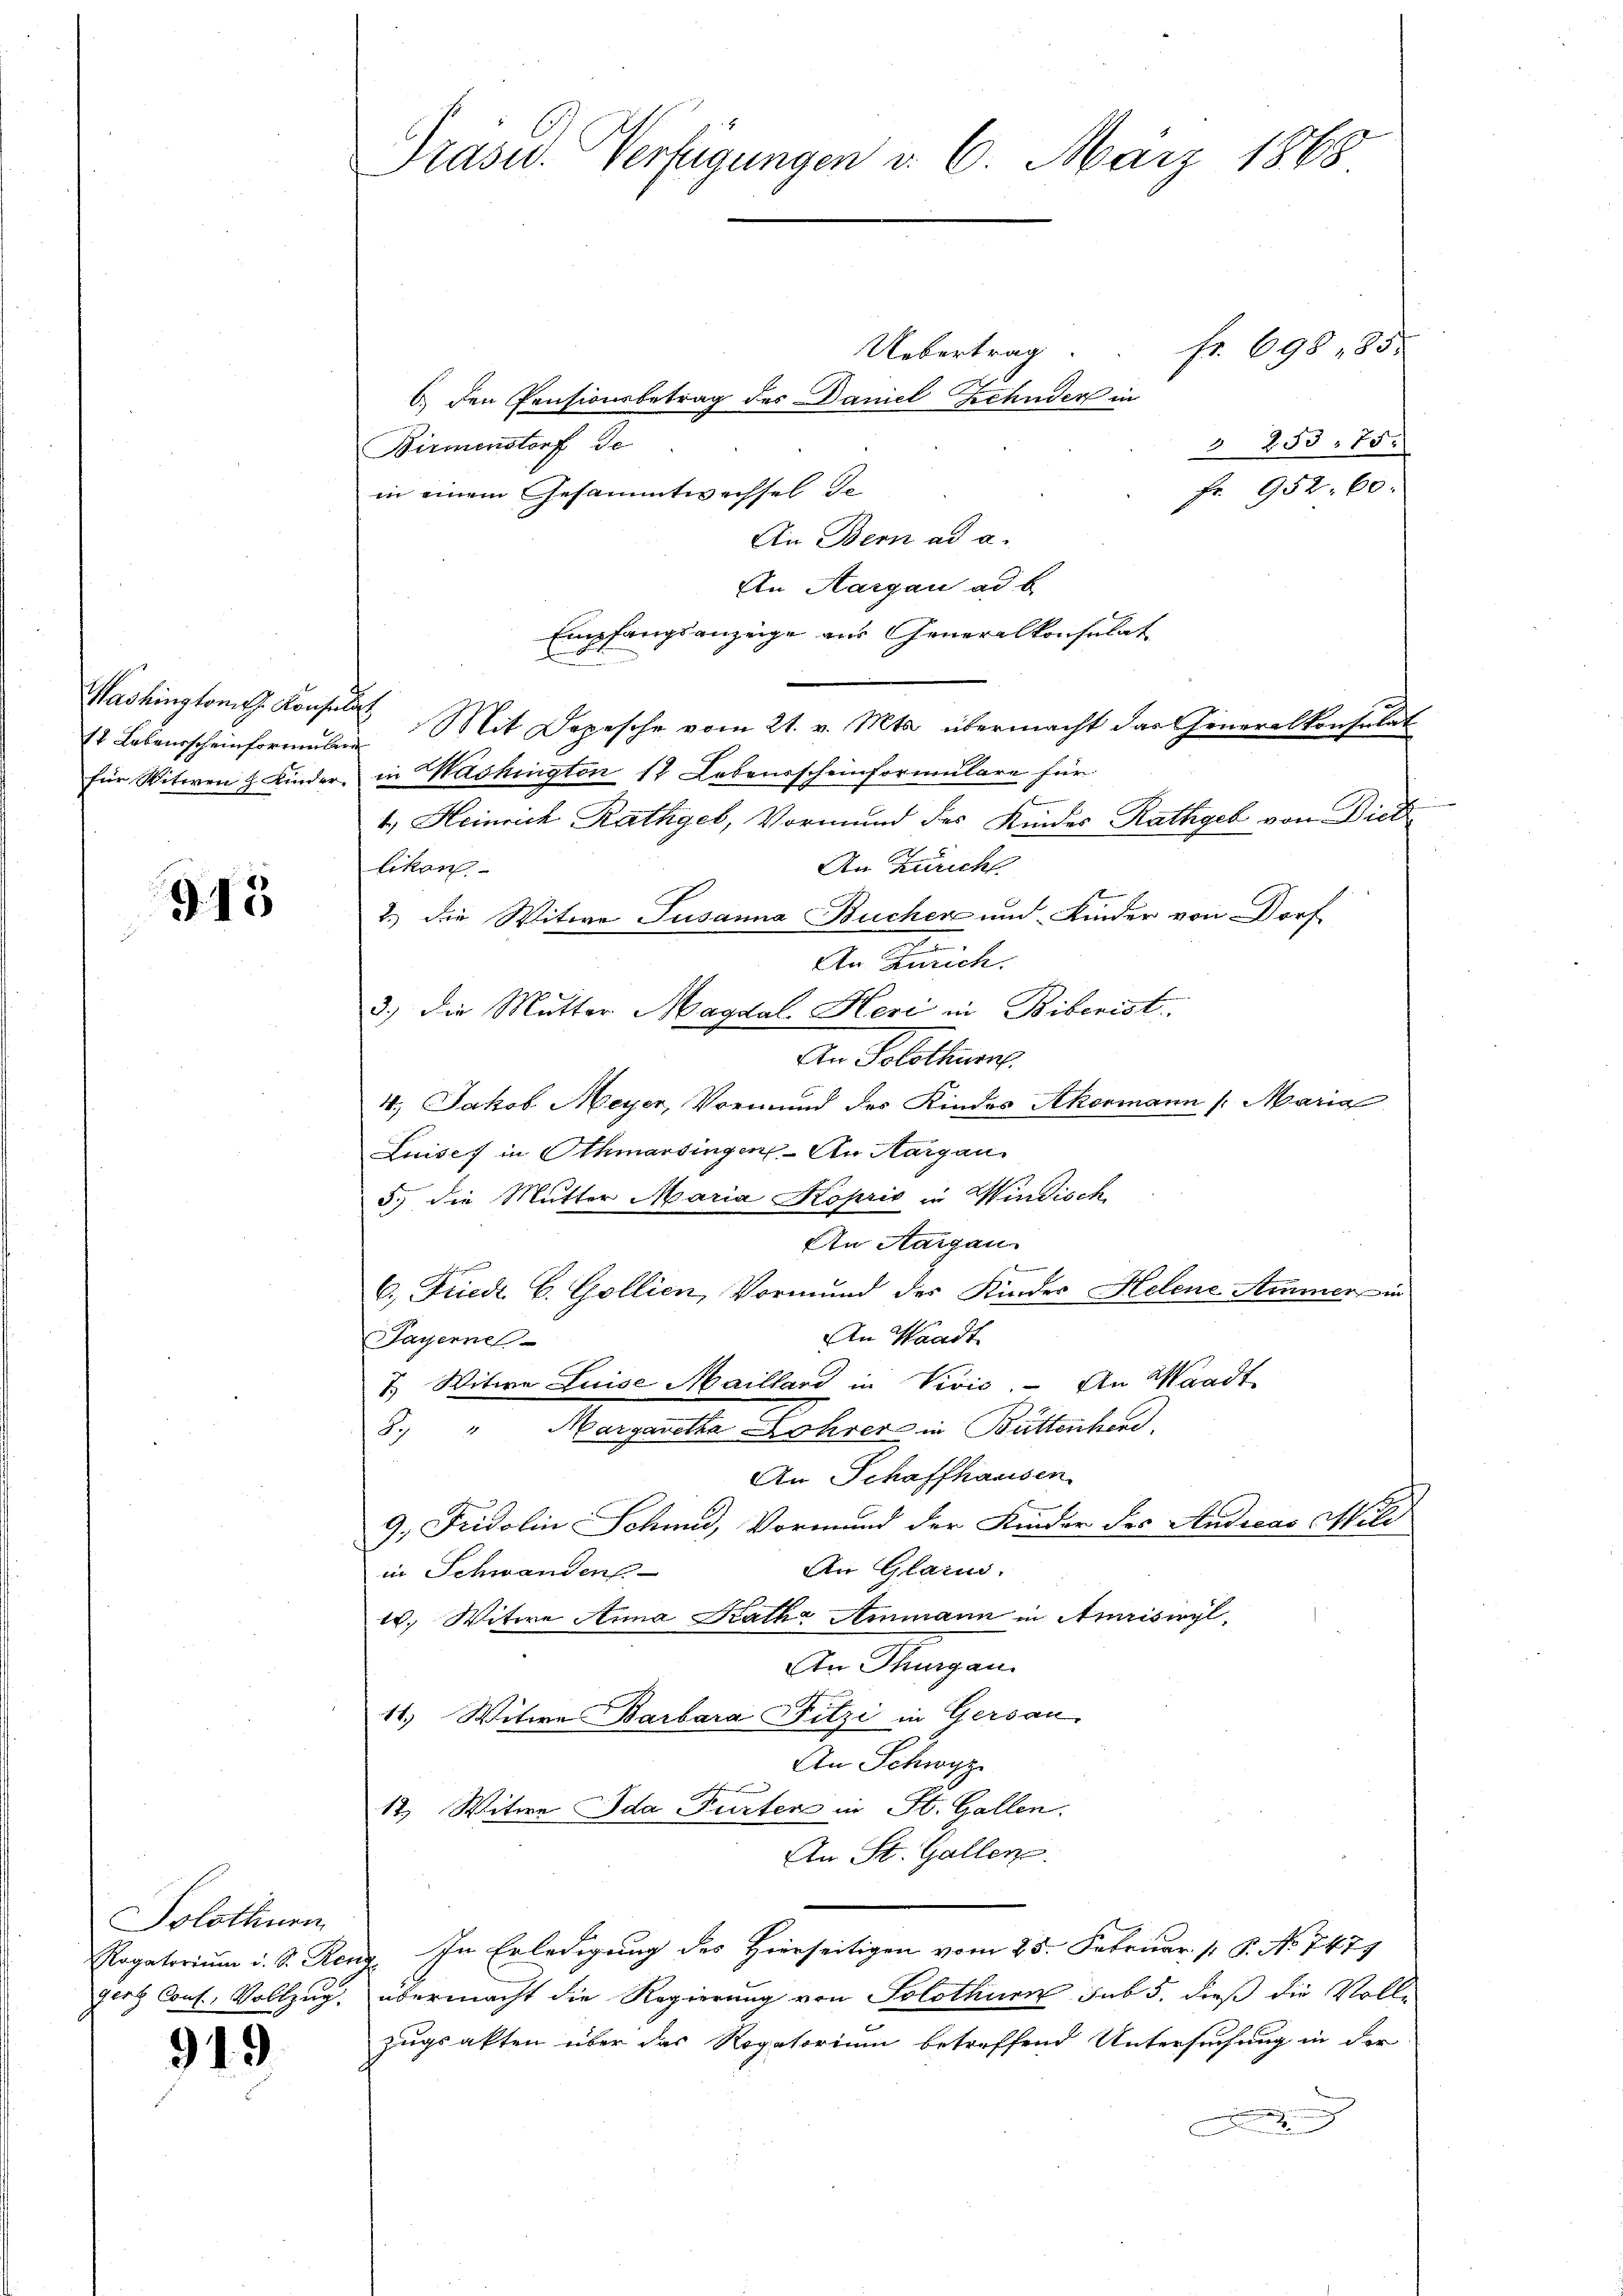
Washington J. Konsulat

915

Solothurn

919

fr. 698 85.
Uebertrag
6. den Pensionsbetrag des Daniel Zehnder in
Birmenstorf Se
3 253. 75.
fr. 952. 60.
in einem Gesammtwechsel de
An Bern ad a.
An Aargau ad b.
Empfangsanzeige aus Generalkonsulat
t.
14 Lebensscheinformeln. Mit Depesche vom 21. v. Mts. übermacht das Generalkonsulat
für Witwen & Kinder, in Washington 14 Lebensscheinformulare für
4.) Heinrich Rathgeb, Vormund des Kindes Rathgeb von Diet
An Züricht
likon
2.) Die Witwe Susanna Bucher und Kinder von Dorf
4.) Jakob Meyer, Vormund des Kindes Akermann /: Maria
Luises in Othmarsingen. An Margau
5.) die Mutter Maria Koprio in Windisch
An Aargau
Ernennen
6., Friedt C. Gollien, Vormund des Kinder Helene Ammer, in
An Waadt
Payerne
7) Witwe Luise Maillard in Vivić. An Waadt
8.) " Margaretha Lohrer in Büttenhard.
An Schaffhausen.
9.) Fridolin Schmu, Vormund der Kinder des Andreas Mili
An Glarus.
in Schwandens
1., Witwe Anna Katha Ammann in Amriswyl,
An Thurgau.
11. Witwe Barbara Fitzi in Gersau.
An Schwyz

12. Witwe Ida Furten in St. Gallen.
An St. Gallen.
Rogatorium i. S. Renz. In Erledigung des Hierseitigen vom 25. Februar [ P. No 7479
zers Cons. Vollzug. übermacht die Regierung von Solothurn sub 5. dieß die Voll-
zugsakten über das Rogatorium betreffend Untersuchung in der

Präsid. Verfügungen d. 6. März 1868

An Zürich.
3.) Die Mutter Magdal. Heri in Biberist
An Solothurn